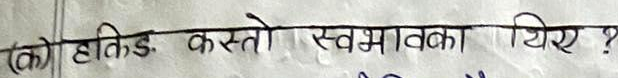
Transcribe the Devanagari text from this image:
(क) हातिडे कस्तो स्वभावका थिए ?